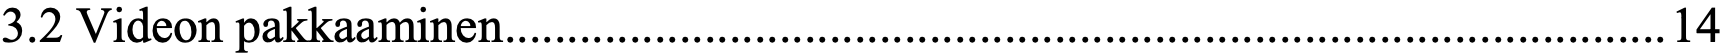
3.2 Videon pakkaaminen.............................................................................................14